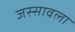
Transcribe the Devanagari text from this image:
जस्सावला